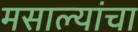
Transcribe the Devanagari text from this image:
मसाल्यांचा